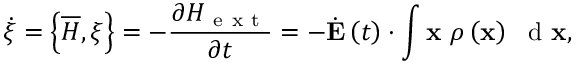
\dot { \xi } = \left\{ \overline { { H } } , \xi \right\} = - \frac { \partial H _ { \mathrm { ~ e ~ x ~ t ~ } } } { \partial t } = - \dot { \bf E } \left( t \right) \cdot \int { { \bf x } \ \rho \left( { \bf x } \right) \ \mathrm { ~ d ~ } { \bf x } } ,